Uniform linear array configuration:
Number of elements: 16
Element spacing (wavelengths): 0.25
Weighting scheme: binomial
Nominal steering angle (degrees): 15
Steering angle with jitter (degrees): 14.274
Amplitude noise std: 0.05
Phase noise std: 0.05

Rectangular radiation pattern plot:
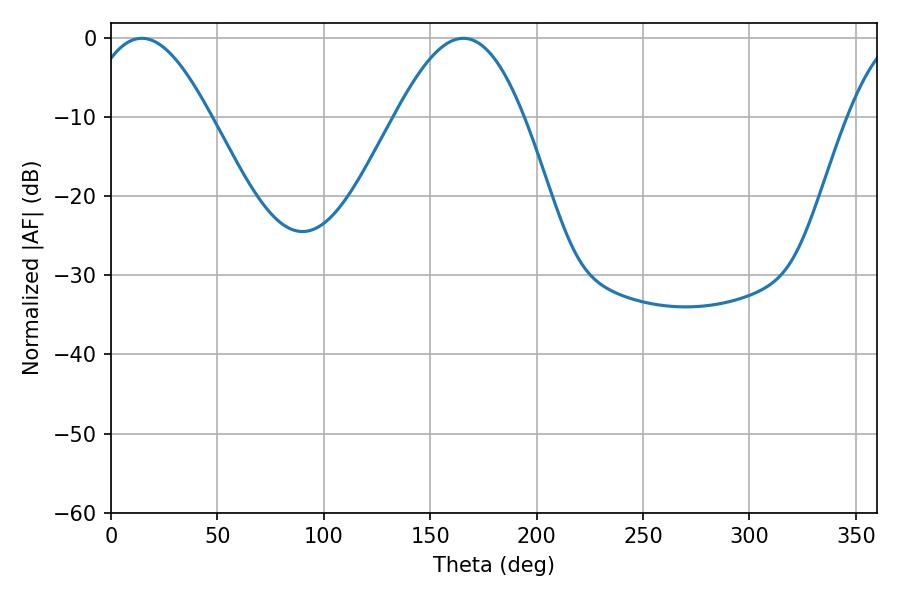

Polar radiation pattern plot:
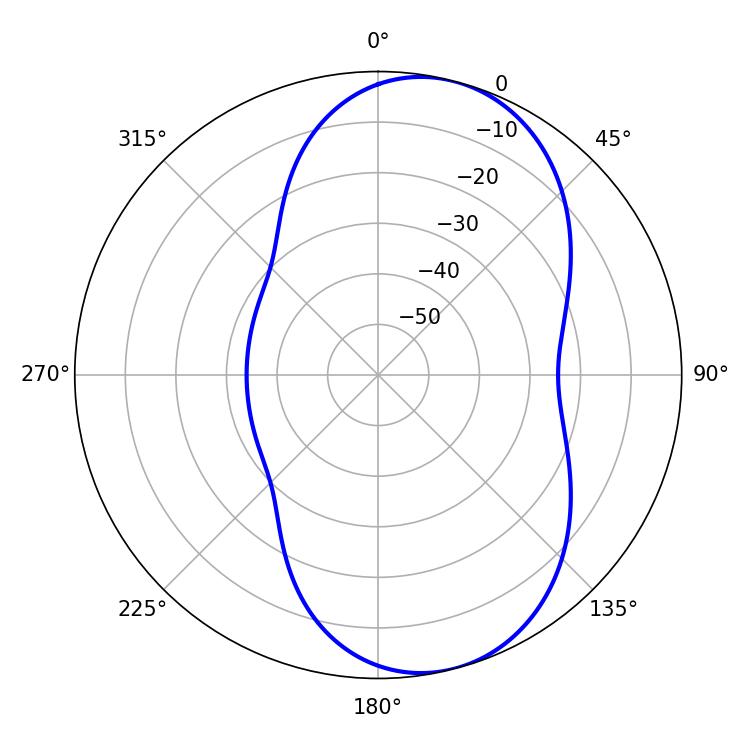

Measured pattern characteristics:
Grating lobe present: FALSE
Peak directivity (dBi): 7.799
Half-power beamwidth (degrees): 31.32
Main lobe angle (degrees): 14.4